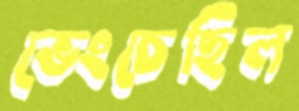
ভেংচেছিল